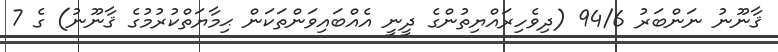
ޤާނޫނު ނަންބަރު 94/6 (ދިވެހިރައްޔިތުންގެ ދީނީ އެއްބައިވަންތަކަން ޙިމާޔަތްކުރުމުގެ ޤާނޫނު) ގެ 7